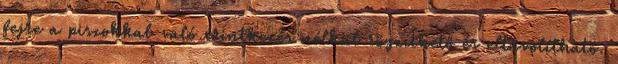
fejre a piszokkal való érintkezés nélkül rögzíthető és eltávolítható.